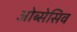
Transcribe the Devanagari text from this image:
ओब्सेसिव